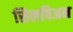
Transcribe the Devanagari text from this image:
सिलविअन